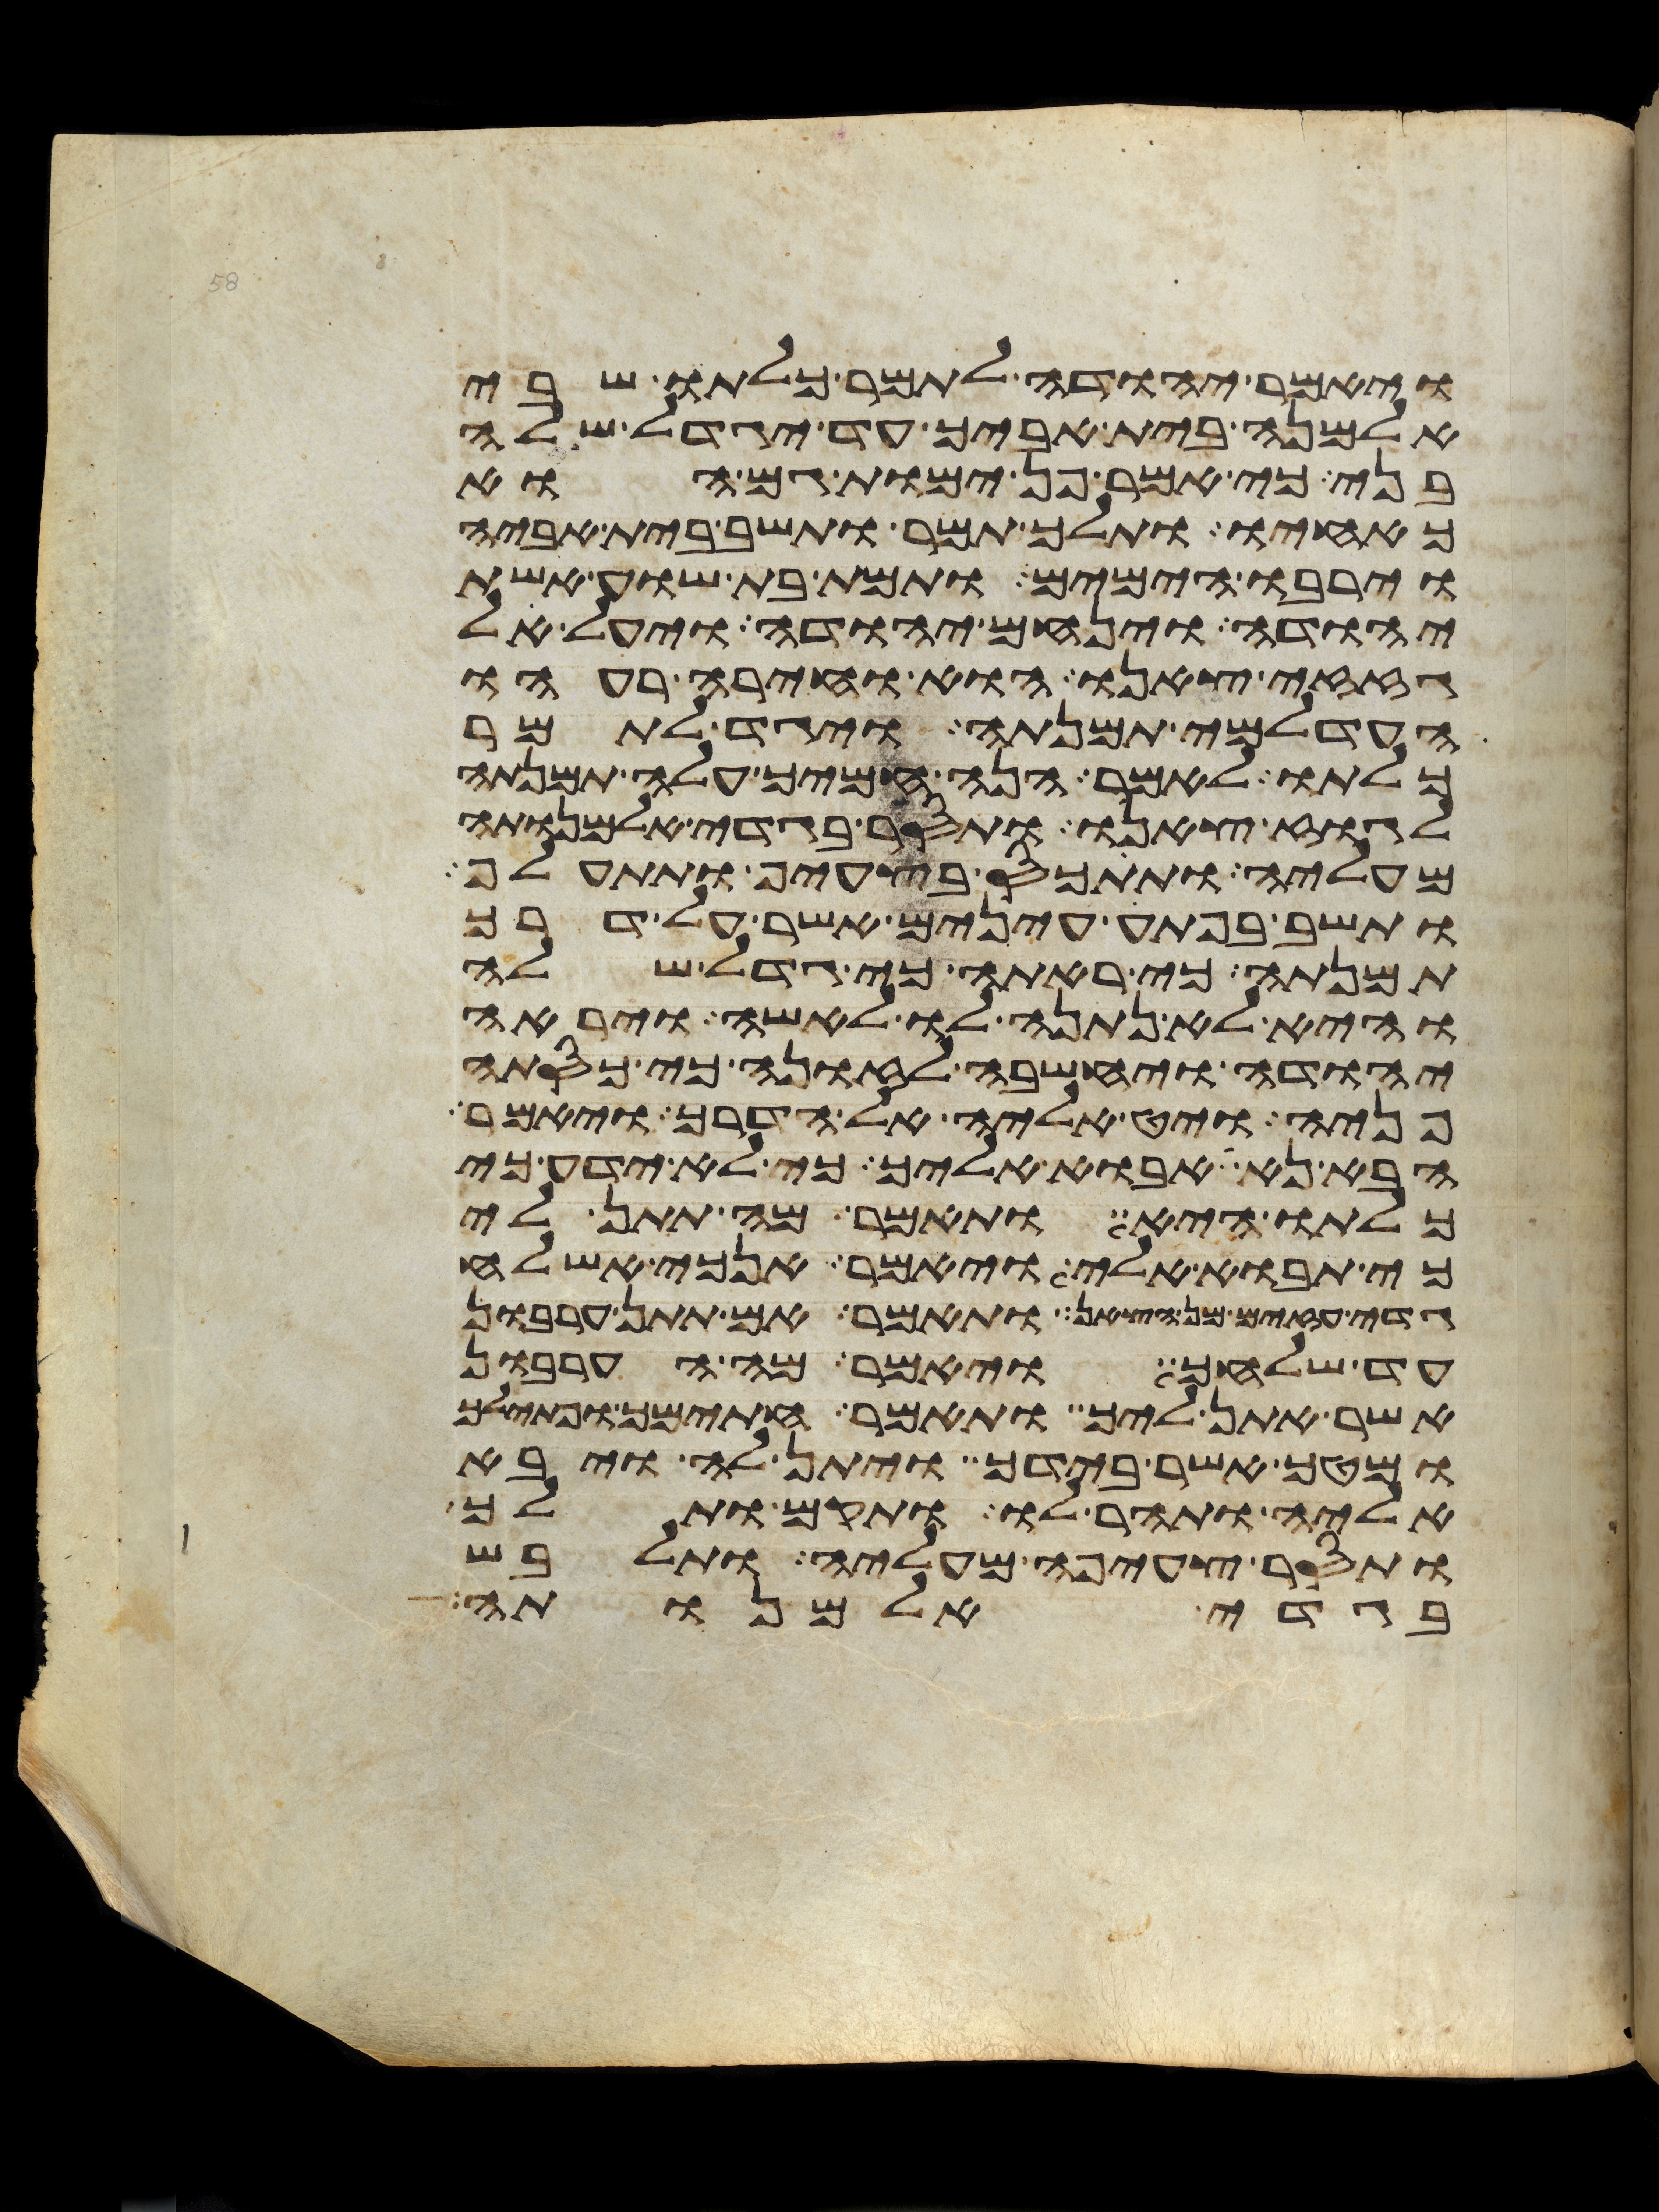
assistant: ויאמר יהודה לתמר כלתו שבי
אלמנה בית אביך עד יגדל שלה
בני כי אמר פן ימות גם הוא
כאחיו ותלך תמר ותשב בית אביה
וירבו הימים ותמת בת שוע אשת
יהודה וינחם יהודה ויעל אל
גזזי צאנו הוא וחירה רעהו
העדלמי תמנתה ויגד לתמר
כלתו לאמר הנה חמיך עלה תמנתה
לגוז צאנו ותסר בגדי אלמנותה
מעליה ותתכס בצעיף ותתעלף
ותשב בפתע עינים אשר על דרך
תמנתה כי ראתה כי גדל שלה
והיא לא נתנה לו לאשה ויראה
יהודה ויחשבה לזונה כי כסתה
פניה ויט אליה אל הדרך ויאמר
הבא נא אבוא אליך כי לא ידע כי
כלתו היא ותאמר מה תתן לי
כי תבוא אלי ויאמר אנכי אשלח
גדי עזים מן הצאן ותאמר אם תתן ערבון
עד שלחך ויאמר מה הערבון
אשר אתן ליך ותאמר חתימך ופתילך
ומטך אשר בידך ויתן לה ויבא
אליה ותהר לו ותקם ותלך
ותסר צעיפה מעליה ותלבש
בגדי אלמנותה